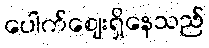
ပေါက်ဈေးရှိနေသည်